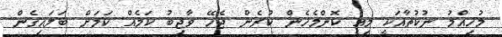
މުހިއްމު ނުކުތާއަކީ މިއީ ކޮންމެހެން ކުރެން ޖެހޭ ވާޖިބު ކަމެއް ކަމަށް ބަލައިގެން